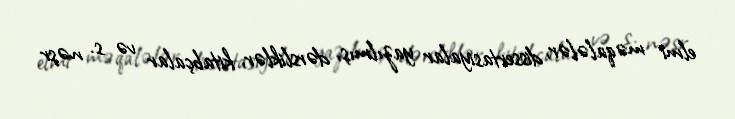
elmi məqalələr, dissertasiyalar yazılmış, dərsliklər, kitabçalar və s. nəşr